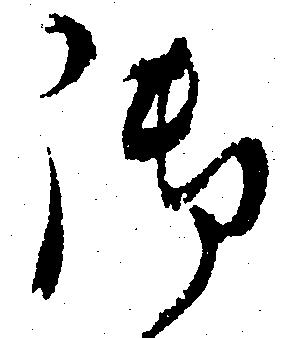
御